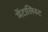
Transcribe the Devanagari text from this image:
मेंटालिस्ट